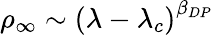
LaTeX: \rho_{\infty}\sim\left(\lambda-\lambda_{c}\right)^{\beta_{DP}}